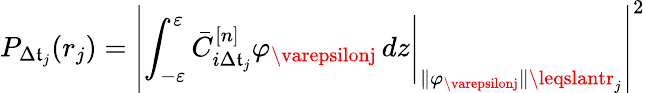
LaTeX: P_{\Delta\mathfrak{t}_{j}}(r_{j})=\left|\left.\int_{-\varepsilon}^{\varepsilon}\bar{{C}}_{i\Delta\mathfrak{t}_{j}}^{[n]}\varphi_{\varepsilonj}\mathop{}\! {d{z}}\right|_{\| \varphi_{\varepsilonj}\| \leqslantr_{j}}\right|^{2}